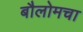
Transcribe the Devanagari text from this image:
बौलोमचा